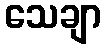
သေချာ